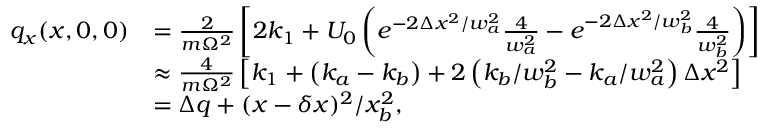
\begin{array} { r l } { q _ { x } ( x , 0 , 0 ) } & { = \frac { 2 } { m \Omega ^ { 2 } } \left[ 2 k _ { 1 } + U _ { 0 } \left( e ^ { - 2 \Delta x ^ { 2 } / w _ { a } ^ { 2 } } \frac { 4 } { w _ { a } ^ { 2 } } - e ^ { - 2 \Delta x ^ { 2 } / w _ { b } ^ { 2 } } \frac { 4 } { w _ { b } ^ { 2 } } \right) \right] } \\ & { \approx \frac { 4 } { m \Omega ^ { 2 } } \left[ k _ { 1 } + \left( k _ { a } - k _ { b } \right) + 2 \left( k _ { b } / w _ { b } ^ { 2 } - k _ { a } / w _ { a } ^ { 2 } \right) \Delta x ^ { 2 } \right] } \\ & { = \Delta q + ( x - \delta x ) ^ { 2 } / x _ { b } ^ { 2 } , } \end{array}